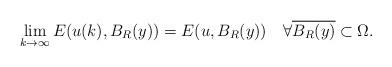
LaTeX: \begin{align*}\lim_{k \to \infty } E(u(k), B_R(y)) = E(u,B_R(y)) \quad\forall \overline{B_R(y)} \subset \Omega.\end{align*}